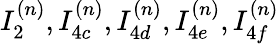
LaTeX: I_{2}^{(n)},I_{4c}^{(n)},I_{4d}^{(n)},I_{4e}^{(n)},I_{4f}^{(n)}